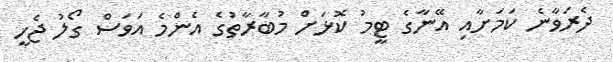
ދެރަވާނެ ކަމަށާއި އޭނާގެ ޓީމު ކޮޅަށް މުބާރާތުގެ އެންމެ އަވަސް ގޯލު ޖެހީ